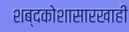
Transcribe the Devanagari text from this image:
शब्दकोशासारखाही